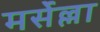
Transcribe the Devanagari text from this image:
मर्सेल्ला